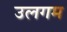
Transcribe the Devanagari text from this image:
उलगम